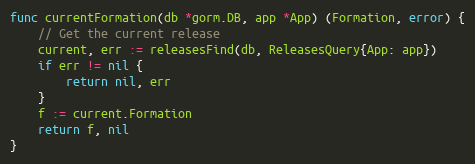
Language: Go
func currentFormation(db *gorm.DB, app *App) (Formation, error) {
	// Get the current release
	current, err := releasesFind(db, ReleasesQuery{App: app})
	if err != nil {
		return nil, err
	}
	f := current.Formation
	return f, nil
}